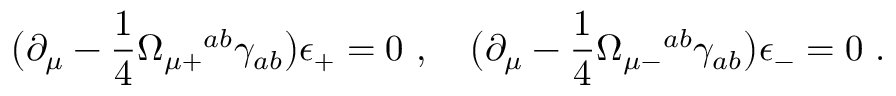
\bigl ( \partial _ { \mu } - { \frac { 1 } { 4 } } \Omega _ { \mu + } { } ^ { a b } \gamma _ { a b } \bigr ) \epsilon _ { + } = 0 \ , \quad \bigl ( \partial _ { \mu } - { \frac { 1 } { 4 } } \Omega _ { \mu - } { } ^ { a b } \gamma _ { a b } \bigr ) \epsilon _ { - } = 0 \ .